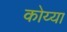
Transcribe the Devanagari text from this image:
कोय्या